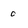
Character: 0